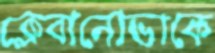
ক্লেবানোভাকে